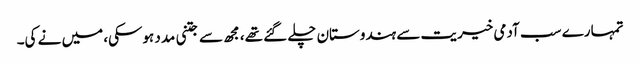
تمہارے سب آدمی خیریت سے ہندوستان چلے گئے تھے، مجھ سے جتنی مدد ہوسکی، میں نے کی۔